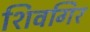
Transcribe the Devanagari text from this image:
शिवगिर